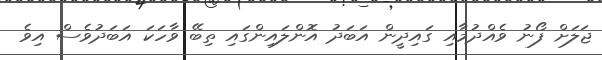
ޖަލަށް ފޯނު ވެއްދުމާއި ގައިދީން އަބަދު އޮންލައިންގައި ތިބޭ ވާހަކަ އަބަދުވެސް އިވެ